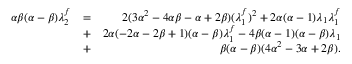
\begin{array} { r l r } { \alpha \beta ( \alpha - \beta ) \lambda _ { 2 } ^ { f } } & { = } & { 2 ( 3 \alpha ^ { 2 } - 4 \alpha \beta - \alpha + 2 \beta ) ( \lambda _ { 1 } ^ { f } ) ^ { 2 } + 2 \alpha ( \alpha - 1 ) \lambda _ { 1 } \lambda _ { 1 } ^ { f } } \\ & { + } & { 2 \alpha ( - 2 \alpha - 2 \beta + 1 ) ( \alpha - \beta ) \lambda _ { 1 } ^ { f } - 4 \beta ( \alpha - 1 ) ( \alpha - \beta ) \lambda _ { 1 } } \\ & { + } & { \beta ( \alpha - \beta ) ( 4 \alpha ^ { 2 } - 3 \alpha + 2 \beta ) . } \end{array}